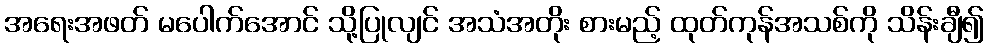
အရေးအဖတ် မပေါက်အောင် သို့ပြုလျင် အသံအတိုး စားမည့် ထုတ်ကုန်အသစ်ကို သိန်းချီ၍